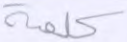
كلمة